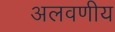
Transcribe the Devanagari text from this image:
अलवणीय